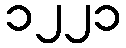
၁၂၂၁